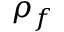
\rho _ { f }